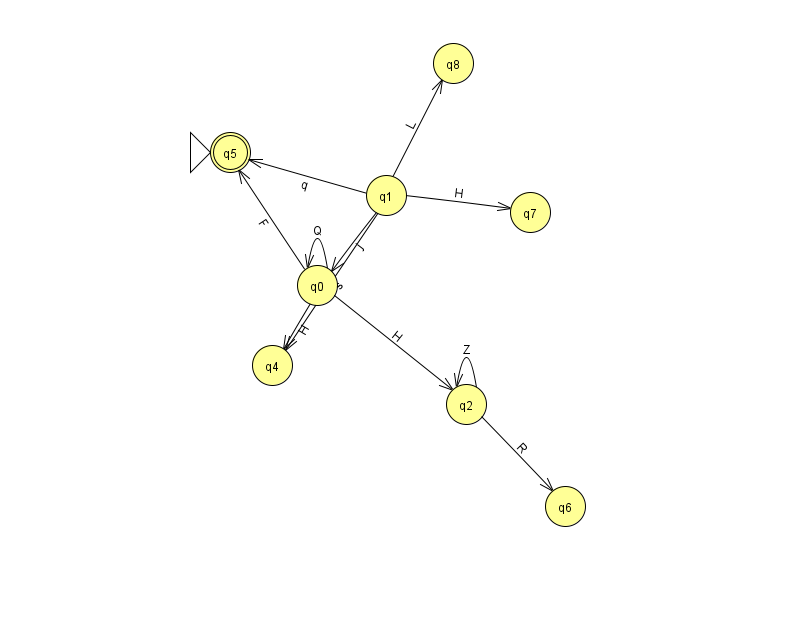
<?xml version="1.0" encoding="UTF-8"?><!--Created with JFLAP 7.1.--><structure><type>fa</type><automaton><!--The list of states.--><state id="0" name="q0"><x>317.0</x><y>272.0</y></state><state id="1" name="q1"><x>386.0</x><y>182.0</y></state><state id="2" name="q2"><x>466.0</x><y>391.0</y></state><state id="4" name="q4"><x>272.0</x><y>352.0</y></state><state id="5" name="q5"><x>230.0</x><y>139.0</y><initial/><final/></state><state id="6" name="q6"><x>565.0</x><y>493.0</y></state><state id="7" name="q7"><x>530.0</x><y>199.0</y></state><state id="8" name="q8"><x>453.0</x><y>50.0</y></state><!--The list of transitions.--><transition><from>2</from><to>6</to><read>R</read></transition><transition><from>0</from><to>0</to><read>Q</read></transition><transition><from>1</from><to>0</to><read>j</read></transition><transition><from>1</from><to>5</to><read>q</read></transition><transition><from>1</from><to>8</to><read>L</read></transition><transition><from>0</from><to>2</to><read>H</read></transition><transition><from>2</from><to>2</to><read>Z</read></transition><transition><from>0</from><to>4</to><read>H</read></transition><transition><from>1</from><to>4</to><read>s</read></transition><transition><from>0</from><to>5</to><read>F</read></transition><transition><from>1</from><to>7</to><read>H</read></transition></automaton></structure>